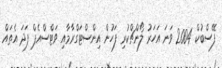
ފޭސްބުކް 2004 ވަނަ އަހަރު ލޯންޗްކުރި ފަހުން އިންސްޓަގްރާމާއި ވަޓްސްއެޕް ފަދަ އެތައް